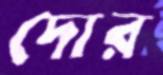
দোর